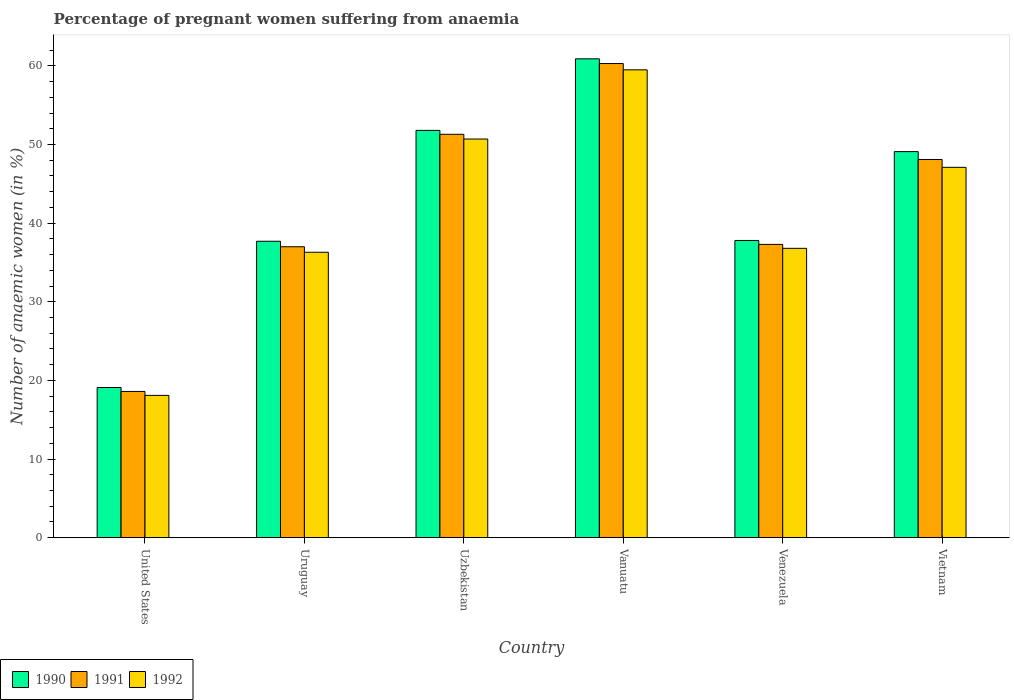
| Country | 1990 | 1991 | 1992 |
 | --- | --- | --- | --- |
 | United States | 19.1 | 18.6 | 18.1 |
 | Uruguay | 37.7 | 37 | 36.3 |
 | Uzbekistan | 51.8 | 51.3 | 50.7 |
 | Vanuatu | 60.9 | 60.3 | 59.5 |
 | Venezuela | 37.8 | 37.3 | 36.8 |
 | Vietnam | 49.1 | 48.1 | 47.1 |